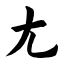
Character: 尢